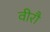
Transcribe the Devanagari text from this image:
वीरौ